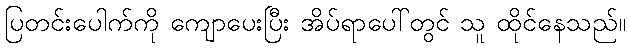
ပြတင်းပေါက်ကို ကျောပေးပြီး အိပ်ရာပေါ်တွင် သူ ထိုင်နေသည်။